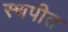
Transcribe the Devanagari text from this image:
स्थपीत